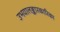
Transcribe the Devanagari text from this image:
उभयालङ्कारकारिका